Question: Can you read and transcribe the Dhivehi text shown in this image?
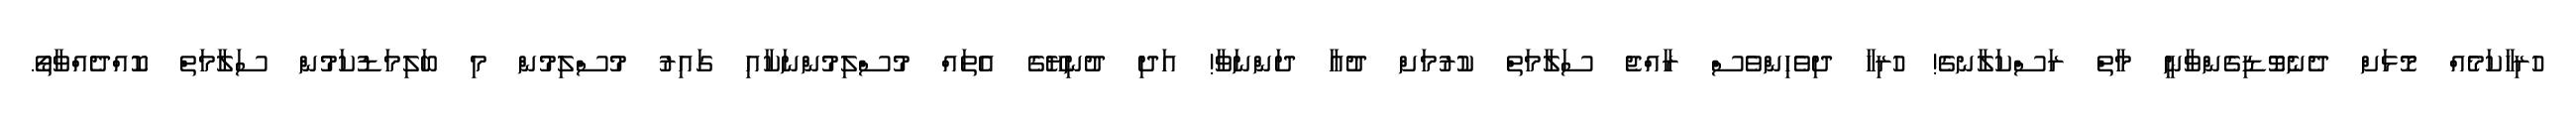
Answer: ހުރިހާކަމެއް މޮޅަށް ދެނެވޮޑިގެންވާނީ މާތް ރަސްކަލާނގެ! ހުރިހާ ދިވެހިންވެސް ރާއްޖެ ސަލާމަތް ކުރުމަށް ދުއާ ދަންނަވާ! އަދި ދުނިޔޭގެ އެތައް މުސްލިމުންނަކާއި ގައިރު މުސްލިމުން މި ބަލިމަޑުކަމުން ސަލާމަތް ކޮއްދެއްވާތޯ.